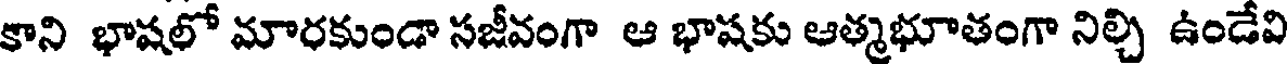
కాని భాషలో మారకుండా సజీవంగా ఆ భాషకు ఆత్మభూతంగా నిల్చి ఉండేవి